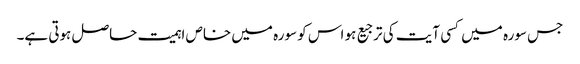
جس سورہ میں کسی آیت کی ترجیع ہو اس کو سورہ میں خاص اہمیت حاصل ہوتی ہے۔